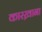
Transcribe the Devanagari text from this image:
कारख़ाना